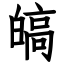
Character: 皜